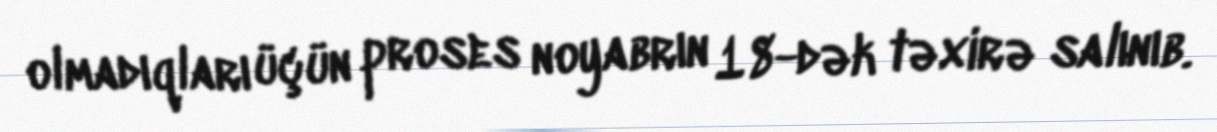
olmadıqları üçün proses noyabrın 18-dək təxirə salınıb.